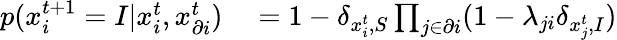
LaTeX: \begin{array}{rl}{p(x_{i}^{t+1}=I|x_{i}^{t},x_{\partial i}^{t})}&{{}=1-\delta_{x_{i}^{t},S}\prod_{j\in\partial i}(1-\lambda_{ji}\delta_{x_{j}^{t},I})}\end{array}